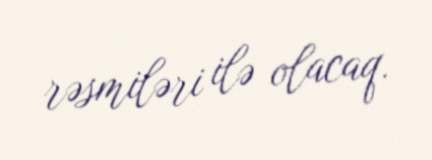
rəsmiləri ilə olacaq.